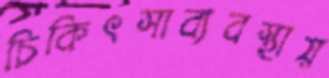
চিকিৎসাব্যবস্থায়